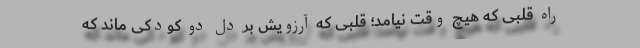
راه قلبی که هیچ وقت نیامد؛ قلبی که آرزویش بر دل دو کودکی ماند که